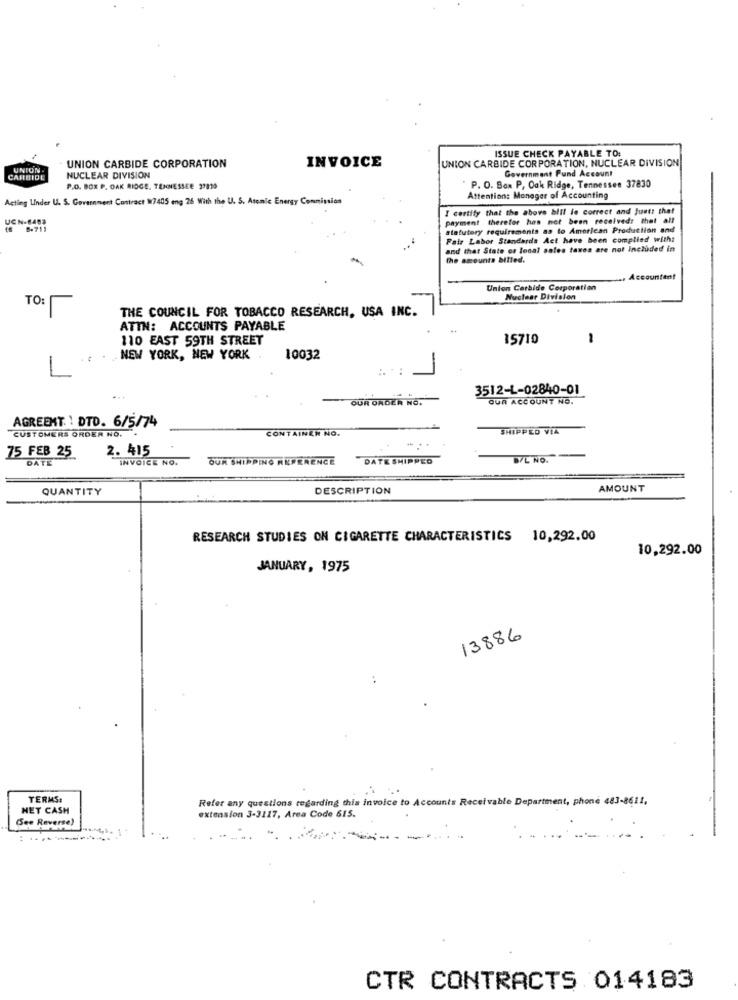
ISSUE CHECK PAYABLE TO:
INVOICE
UNION CARBIDE CORPORATION, NUCLEAR DIVISION
UNION.
UNION CARBIDE CORPORATION
Government Pund Account
CARBIDE
NUCLEAR DIVISION
P.O. BOX P. OAK RIDGE, TENNESSEE 27810
. P. O. Box P, Oak Ridge, Tennessee 37830
Acting Linder U. S. Government Contract W7405 eng 25 With the U. S. Asenle Energy Commission
Attention: Monager of Accounting
I certify that the above bill is correct and just! that
UCN-1483
payment therefor has not been received? that all
8.711
statutory requirements as to American Production and
Fair Labor Standards Act have been complied with:
and that State os local sales taxes are not Included in
the amounts billed.
, Accountant
Union Carbide Corporation
TO:
Nuclear Division
THE COUNCIL FOR TOBACCO RESEARCH, USA INC.
ATTN: ACCOUNTS PAYABLE
110 EAST 59TH STREET
15710
NEW YORK, NEW YORK
10032
3512-L-02840-01
OUR ORDER NO.
OUR ACCOUNT NO.
AGREEMT ! DTO. 6/5/74
CUSTOMERS ORDER NO. .
CONTAINER NO.
SHIPPED VIA
2. 415
75 FEB 25
DATE
INVOICE NO.
OUR SHIPPING REFERENCE
DATE SHIPPED
BYL NO.
QUANTITY
DESCRIPTION
AMOUNT
RESEARCH STUDIES ON CIGARETTE CHARACTERISTICS 10,292.00
10,292.00
JANUARY, 1975
13886
TERMS:
Refer any questions regarding this invoice to Accounts Receivable Department, phone 483-8611,
NET CASH
(See Reverse)
extension 3-3117, Area Code 615.
CTR CONTRACTS 014183